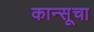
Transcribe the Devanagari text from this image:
कान्सूचा